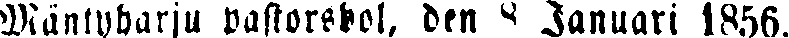
Mäntyharju pastorsbol, den 8 Januari 1856.